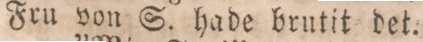
Fru von S. hade brutit det.